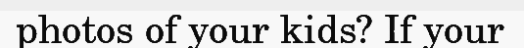
photos of your kids? If your